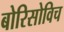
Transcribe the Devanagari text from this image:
बोरिसोविच